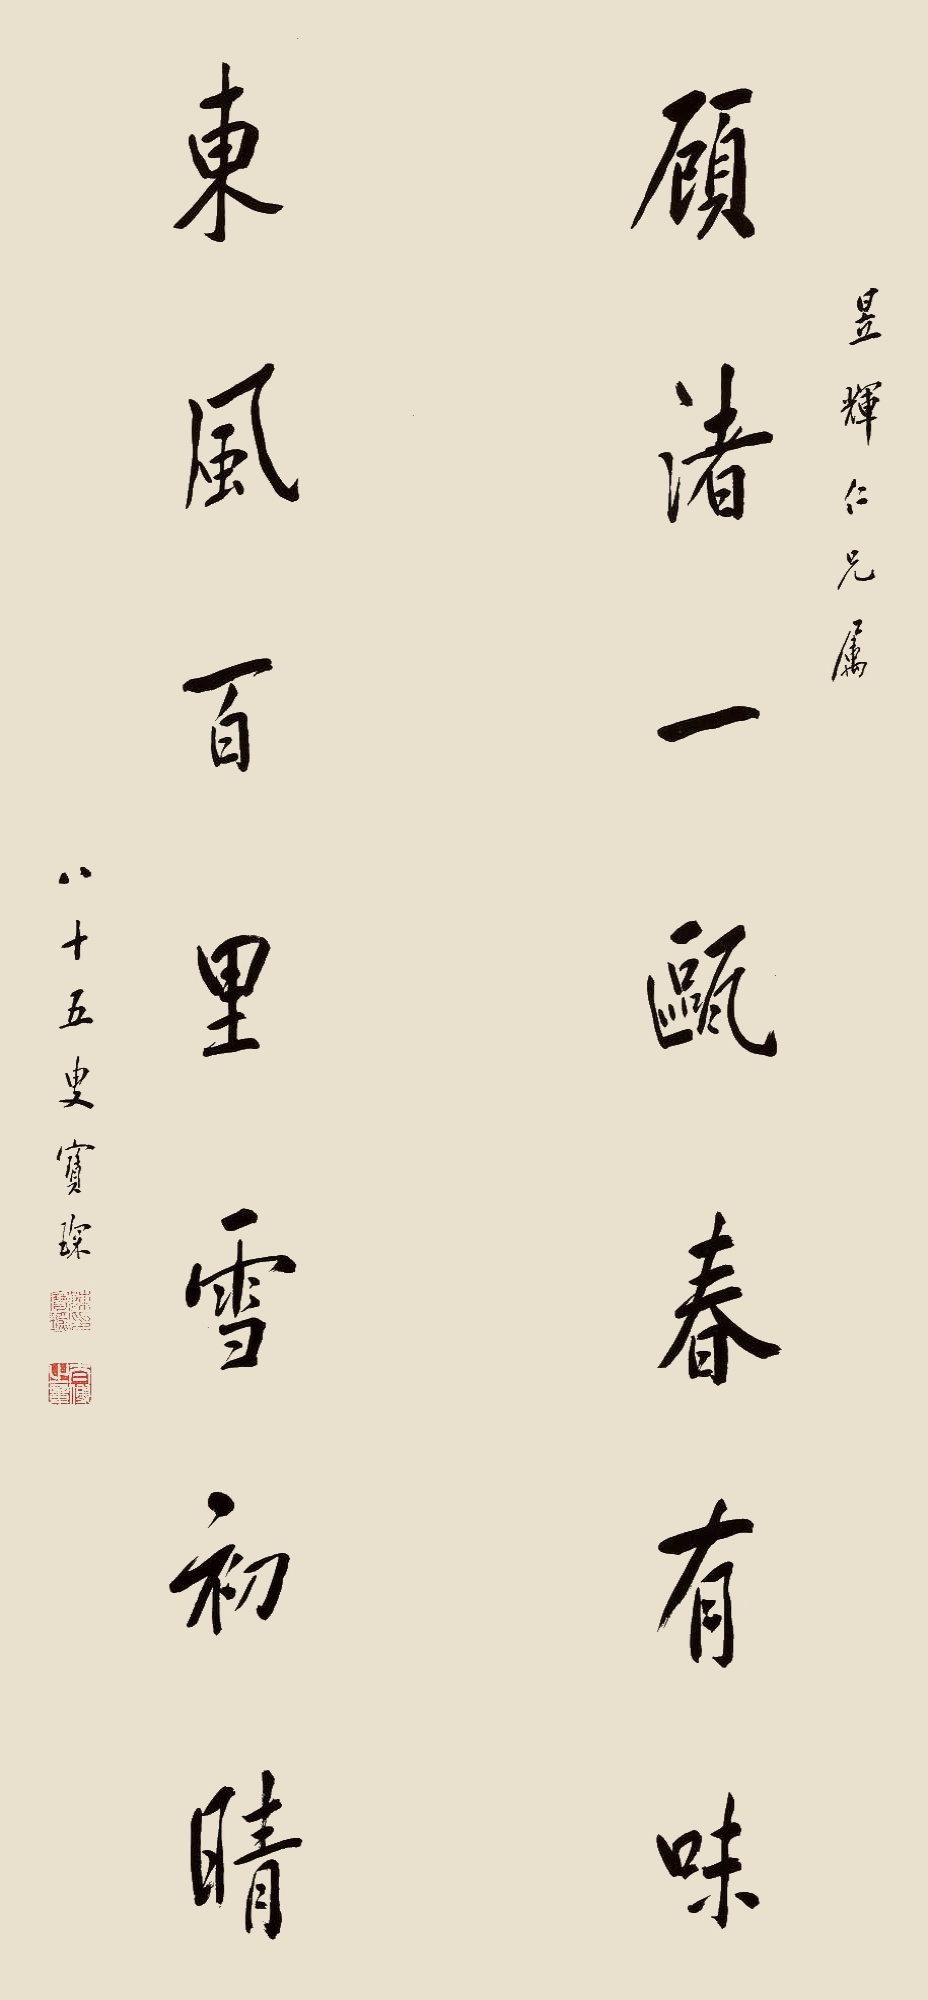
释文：顾渚一瓯春有味，东风百里雪初晴。昱辉仁兄属，八十五叟宝琛。